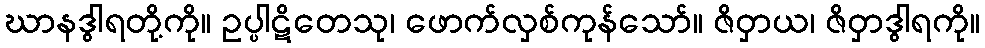
ဃာနဒွါရတို့ကို။ ဥပ္ပါဋိတေသု၊ ဖောက်လှစ်ကုန်သော်။ ဇိဝှာယ၊ ဇိဝှာဒွါရကို။